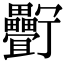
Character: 𤴉